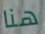
هنا